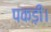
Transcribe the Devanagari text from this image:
पकड़ीं।